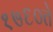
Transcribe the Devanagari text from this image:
१७६०ते